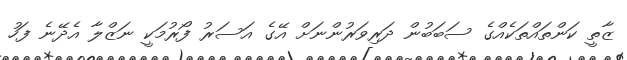
ޒާތީ ކަންތައްތަކެއްގެ ސަބަބުން ދަރިވަރުންނަށް އޭގެ އަސަރު ފޯރުމަކީ ނަޒްލާ އެދޭނެ ފަހު